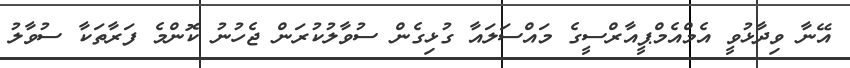
އޭނާ ވިދާޅުވީ އެމްއެމްޕީއާރްސީގެ މައްސަލައާ ގުޅިގެން ސުވާލުކުރަން ޖެހުނު ކޮންމެ ފަރާތަކާ ސުވާލު